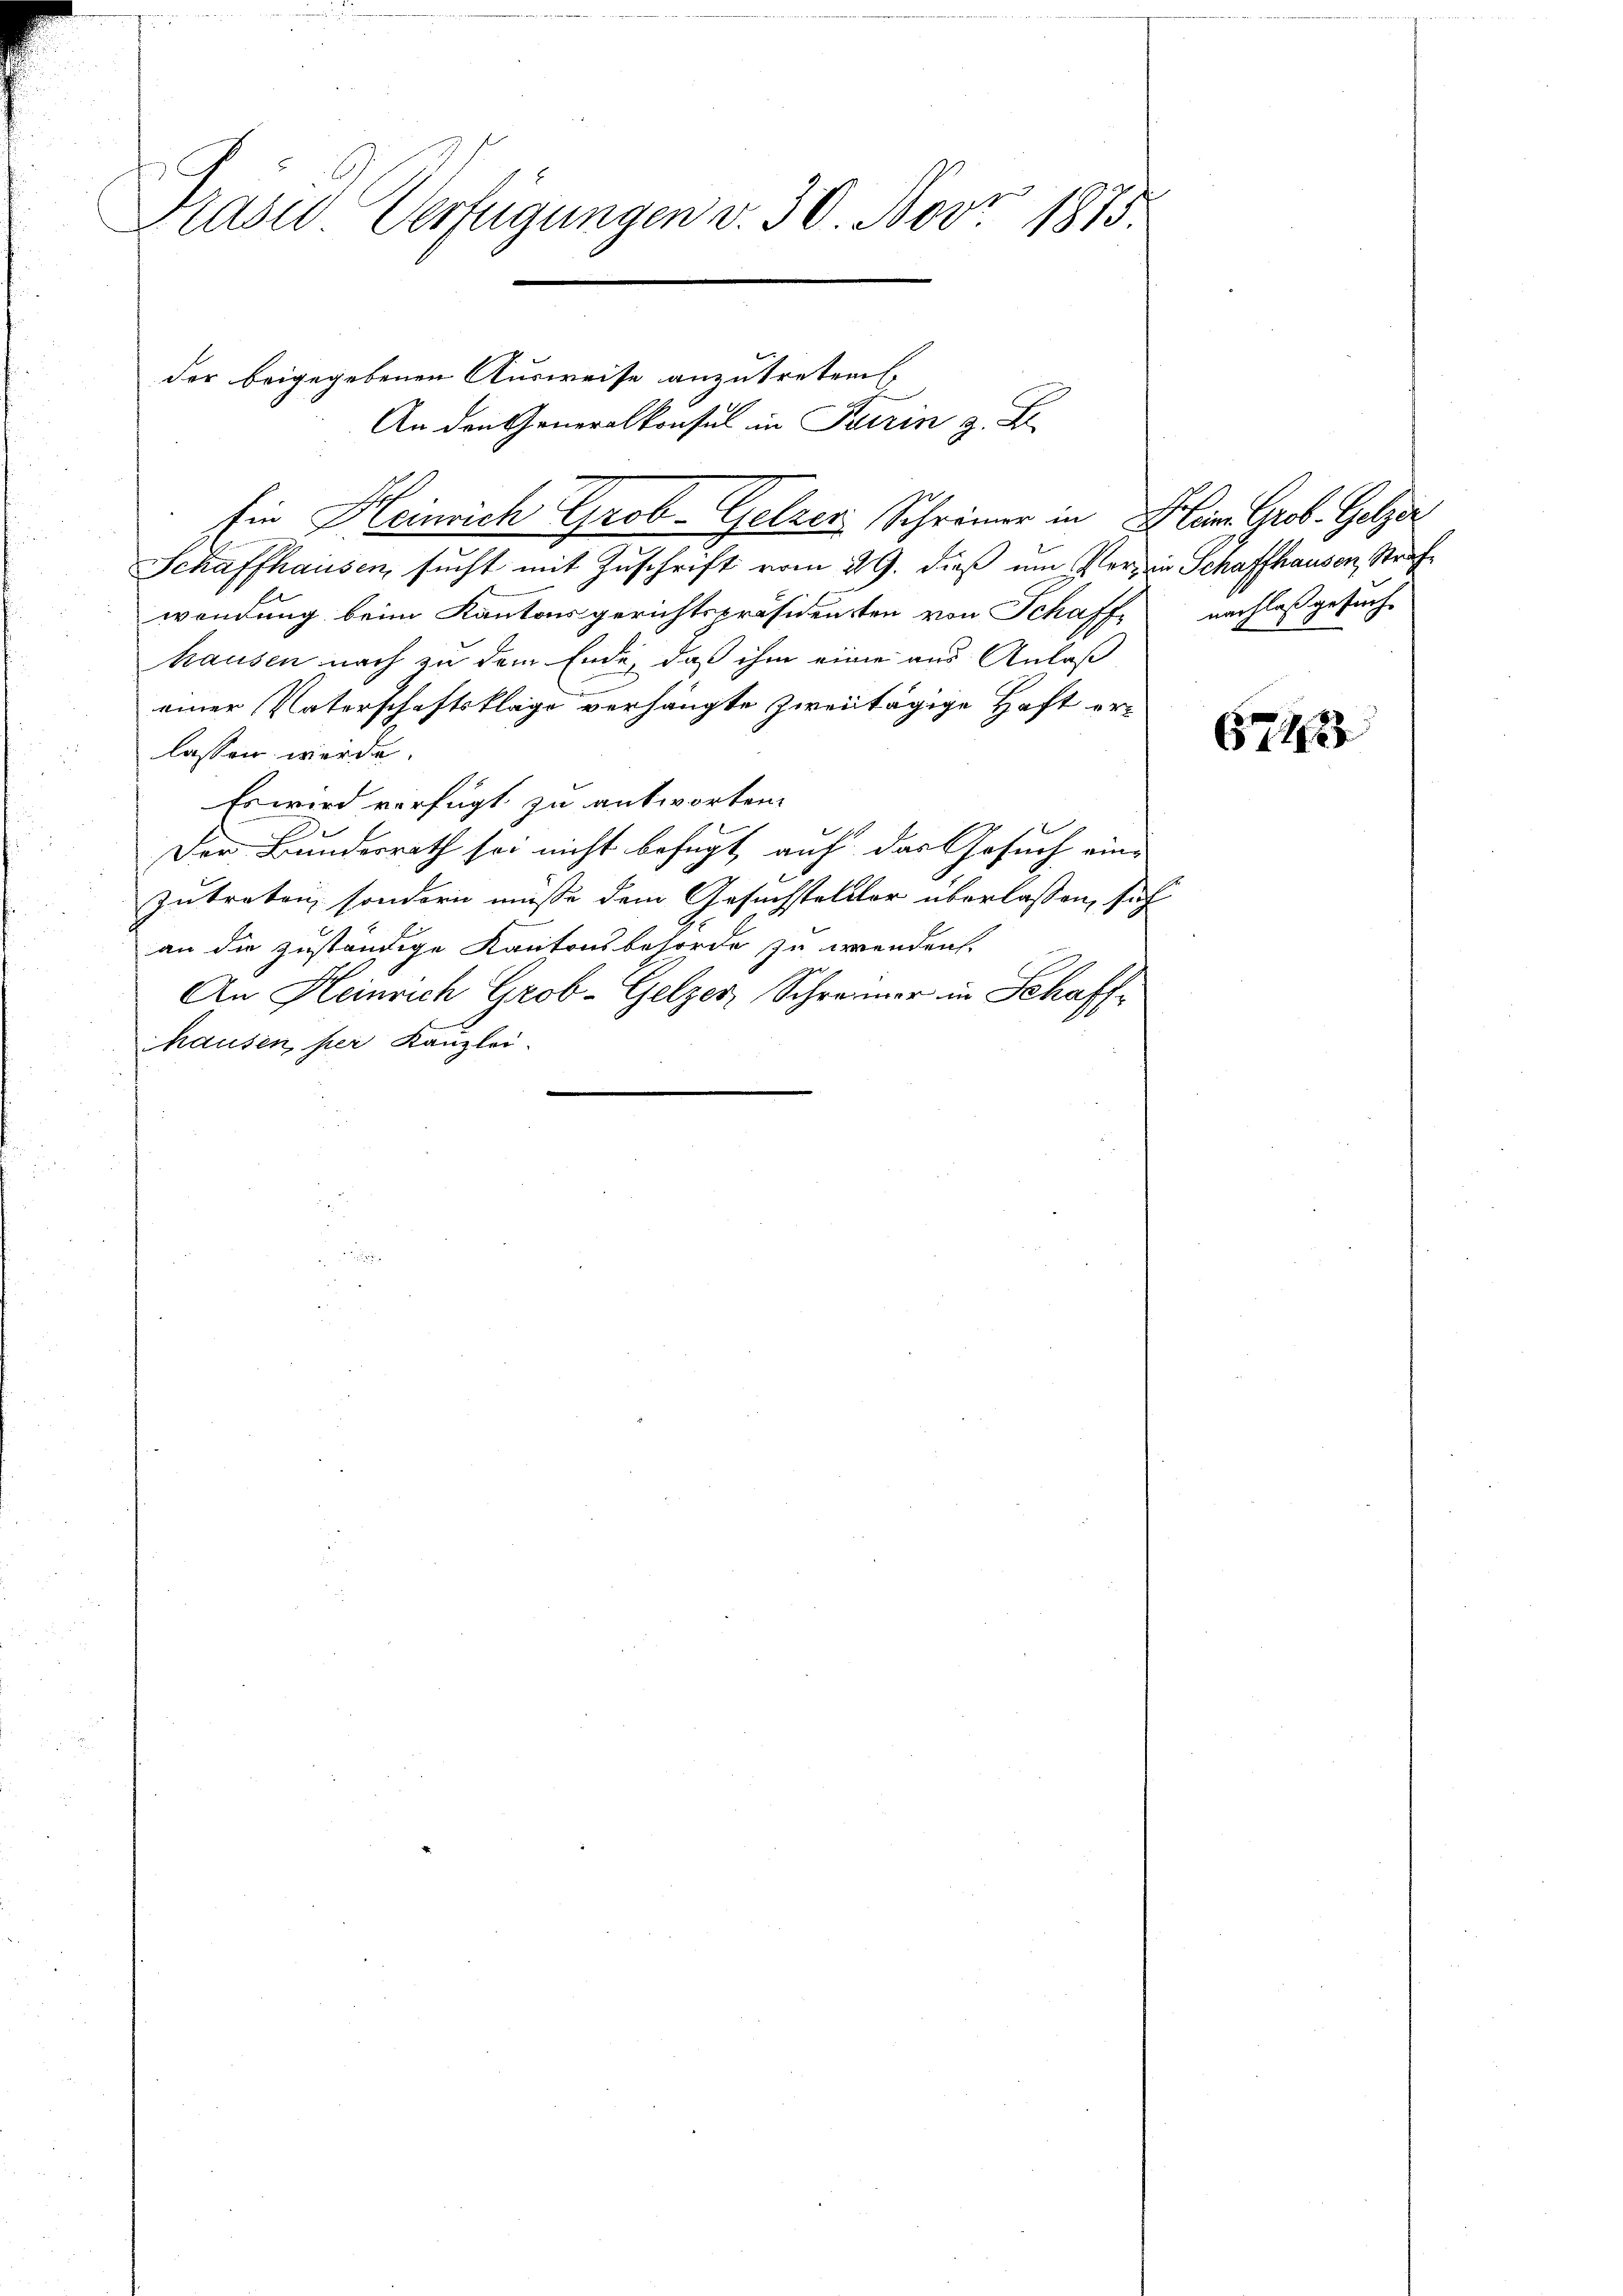
Präses Verfügungen v. 30. Nov. 1813.

Schaffhausen, sucht mit Zuschrift vom 29. dieß um Verzen Schaffhausen, Strafwendung beim Kantonsgerichtspräsidensten von Schaffe nachlaß gesuch
hausen nach zu dem Ende, daß ihm eine aus Anlaß
einer Vaterschaftsklage verhängte zweitägige Haft erlassen werde.
Es wird verfügt zu antworten.
Der Bundesrath sei nicht befugt, auf das Gesuch eine
zutreten, sondern müsse dem Gesuchstelller überlassen, sich
an die zuständige Kantonsbehörde zu erwenden.
An Heinrich Grob-Gelzer, Schreiner in Schaff-
hausen per Kanzlei.

der beigegebenen Ausweise anzutreten,
An den Generalkonsul in Patrin z. B.
Ein Heinrich Grob - Gelzer Schreiner in Klein Grob. Gelzer

6743